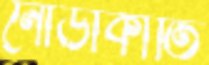
নৌডাকাতি